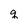
Character: q